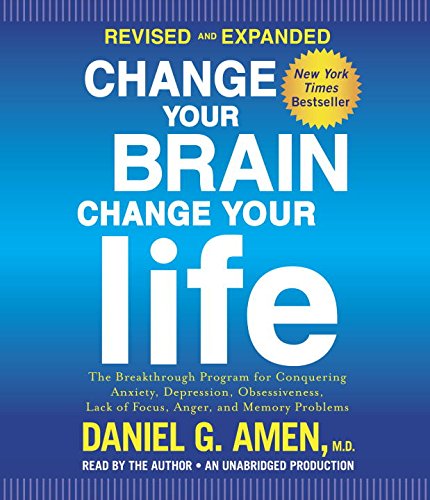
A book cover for Change Your Brain, Change Your Life (Revised and Expanded): The Breakthrough Program for Conquering Anxiety, Depression, Obsessiveness, Lack of Focus, Anger, and Memory Problems; Daniel G. Amen M.D.; Health, Fitness & Dieting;